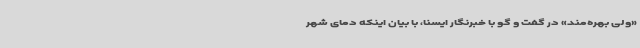
«ولی بهره‌مند» در گفت و گو با خبرنگار ایسنا، با بیان اینکه دمای شهر